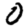
Digit: 0